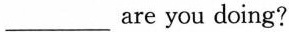
___are you doing?